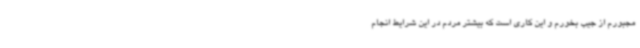
مجبورم از جیب بخورم و این کاری است که بیشتر مردم در این شرایط انجام